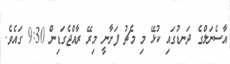
އާސެނަލްގެ ދަނޑުގައި ކުޅޭ މި މެޗު ފަށާނީ މިރޭ ރާއްޖެގަޑިން 9:30 ގައެވެ.